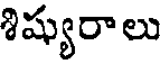
శిష్యురాలు